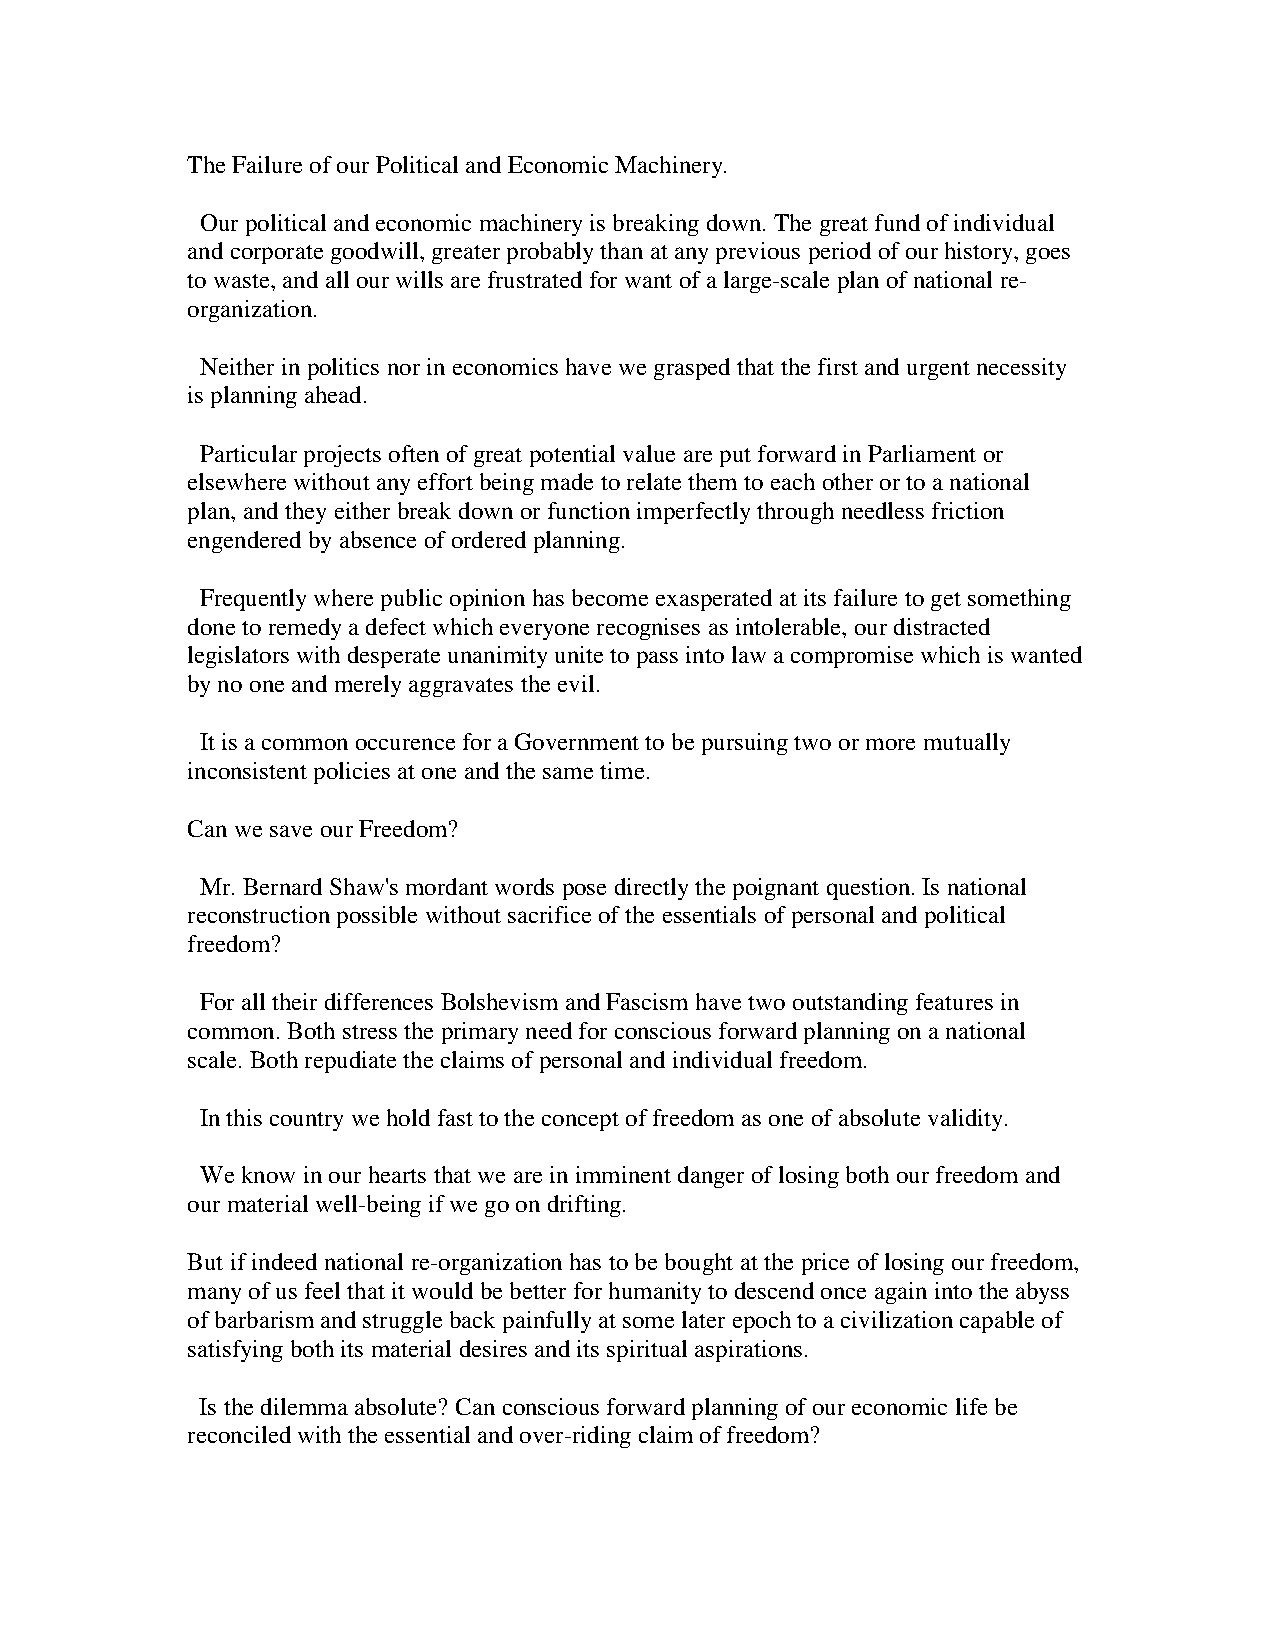
The Failure of our Political and Economic Machinery.
 Our political and economic machinery is breaking down. The great fund of individual
 and corporate goodwill, greater probably than at any previous period of our history, goes
 to waste, and all our wills are frustrated for want of a large-scale plan of national re-
 organization.
 Neither in politics nor in economics have we grasped that the first and urgent necessity
 is planning ahead.
 Particular projects often of great potential value are put forward in Parliament or
 elsewhere without any effort being made to relate them to each other or to a national
 plan, and they either break down or function imperfectly through needless friction
 engendered by absence of ordered planning.
 Frequently where public opinion has become exasperated at its failure to get something
 done to remedy a defect which everyone recognises as intolerable, our distracted
 legislators with desperate unanimity unite to pass into law a compromise which is wanted
 by no one and merely aggravates the evil.
 It is a common occurence for a Government to be pursuing two or more mutually
 inconsistent policies at one and the same time.
 Can we save our Freedom?
 Mr. Bernard Shaw's mordant words pose directly the poignant question. Is national
 reconstruction possible without sacrifice of the essentials of personal and political
 freedom?
 For all their differences Bolshevism and Fascism have two outstanding features in
 common. Both stress the primary need for conscious forward planning on a national
 scale. Both repudiate the claims of personal and individual freedom.
 In this country we hold fast to the concept of freedom as one of absolute validity.
 We know in our hearts that we are in imminent danger of losing both our freedom and
 our material well-being if we go on drifting.
 But if indeed national re-organization has to be bought at the price of losing our freedom,
 many of us feel that it would be better for humanity to descend once again into the abyss
 of barbarism and struggle back painfully at some later epoch to a civilization capable of
 satisfying both its material desires and its spiritual aspirations.
 Is the dilemma absolute? Can conscious forward planning of our economic life be
 reconciled with the essential and over-riding claim of freedom?